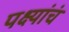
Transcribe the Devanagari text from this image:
पक्ष्यांचं